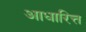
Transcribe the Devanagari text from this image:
आधारित्त